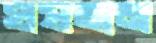
ঘষতাম